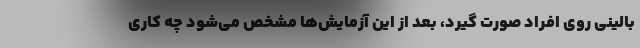
بالینی روی افراد صورت گیرد، بعد از این آزمایش‌ها مشخص می‌شود چه کاری